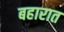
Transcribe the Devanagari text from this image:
बहारात